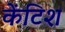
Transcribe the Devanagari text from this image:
केंटिश